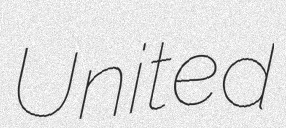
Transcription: United